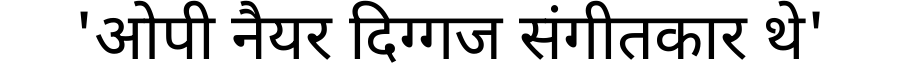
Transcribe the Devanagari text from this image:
'ओपी नैयर दिग्गज संगीतकार थे'